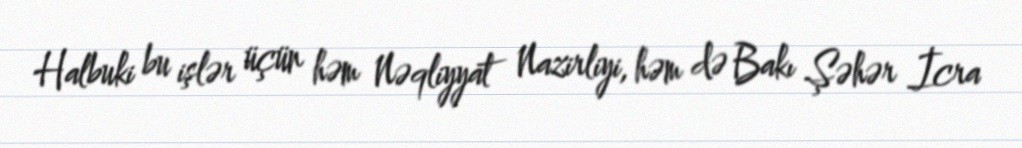
Halbuki bu işlər üçün həm Nəqliyyat Nazirliyi, həm də Bakı Şəhər İcra